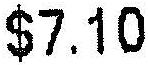
$7.10